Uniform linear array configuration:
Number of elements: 8
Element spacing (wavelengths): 1
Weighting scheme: hann
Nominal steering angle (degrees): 30
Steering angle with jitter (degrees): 29.675
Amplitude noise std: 0.05
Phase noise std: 0.05

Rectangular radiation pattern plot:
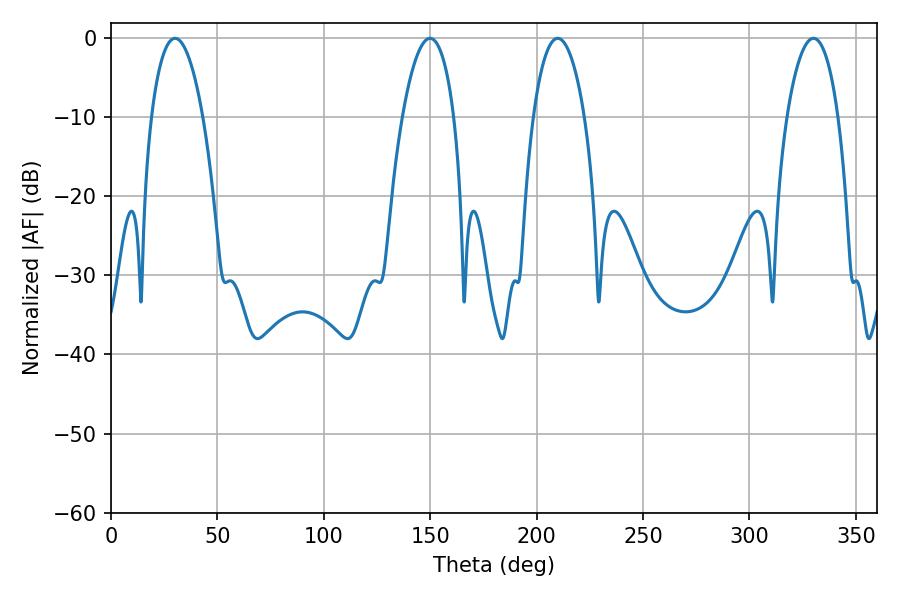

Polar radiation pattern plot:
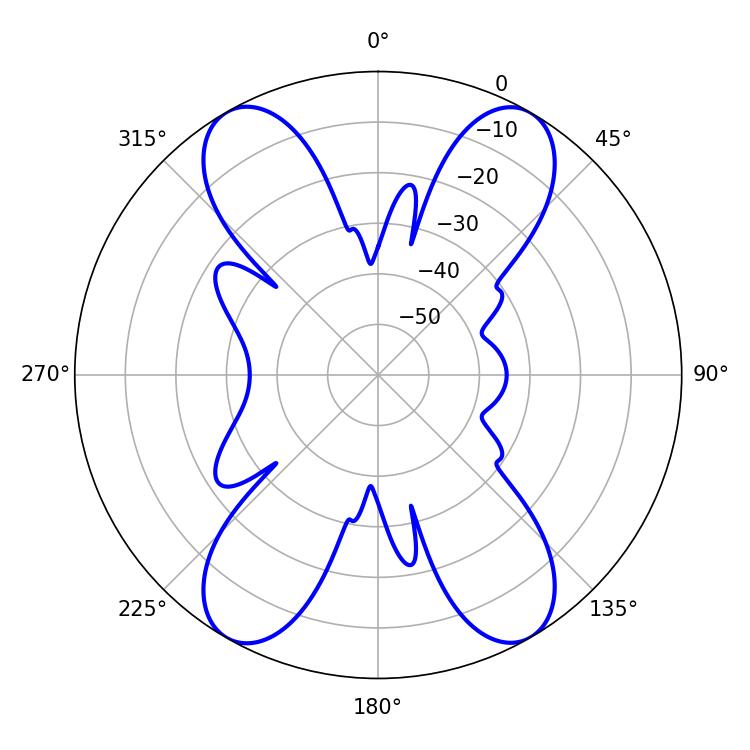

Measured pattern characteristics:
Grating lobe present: TRUE
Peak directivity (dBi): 28.189
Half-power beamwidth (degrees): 13.5
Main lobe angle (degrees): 209.88